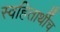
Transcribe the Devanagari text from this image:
स्वहितार्थीच